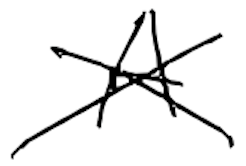
Text: A
Cross-out: cross
Writing tool: digital_black